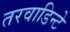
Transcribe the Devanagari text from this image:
तरवाडिन्टे